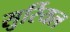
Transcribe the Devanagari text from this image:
सुर्रियल